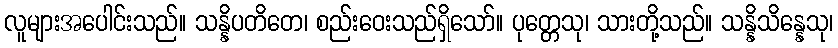
လူများအပေါင်းသည်။ သန္နိပတိတေ၊ စည်းဝေးသည်ရှိသော်။ ပုတ္တေသု၊ သားတို့သည်။ သန္နိသိန္နေသု၊